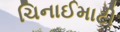
ચિનાઈમાટી